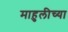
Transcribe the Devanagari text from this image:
माहुलीच्या